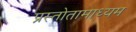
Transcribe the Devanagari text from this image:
प्रस्तोतामाध्यम